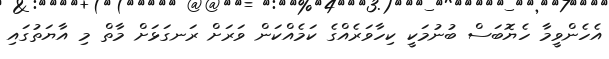
އެހެންވީމާ ހެޔޮބަސް ބުނުމަކީ ކިހާވަރެއްގެ ކަމެއްކަން ވަރަށް ރަނގަޅަށް މާތް މި އާޔަތުގައި